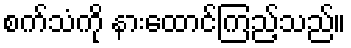
စက်သံကို နားထောင်ကြည့်သည်။